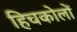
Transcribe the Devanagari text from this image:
हिचकोलों